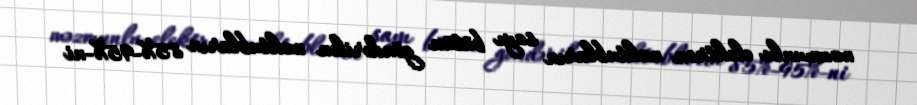
məzmunlu elektron məktubların sayı bütün göndərilən məktubların 85%-95%-ni